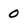
Character: 0